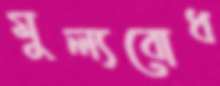
মুল্যবোধ